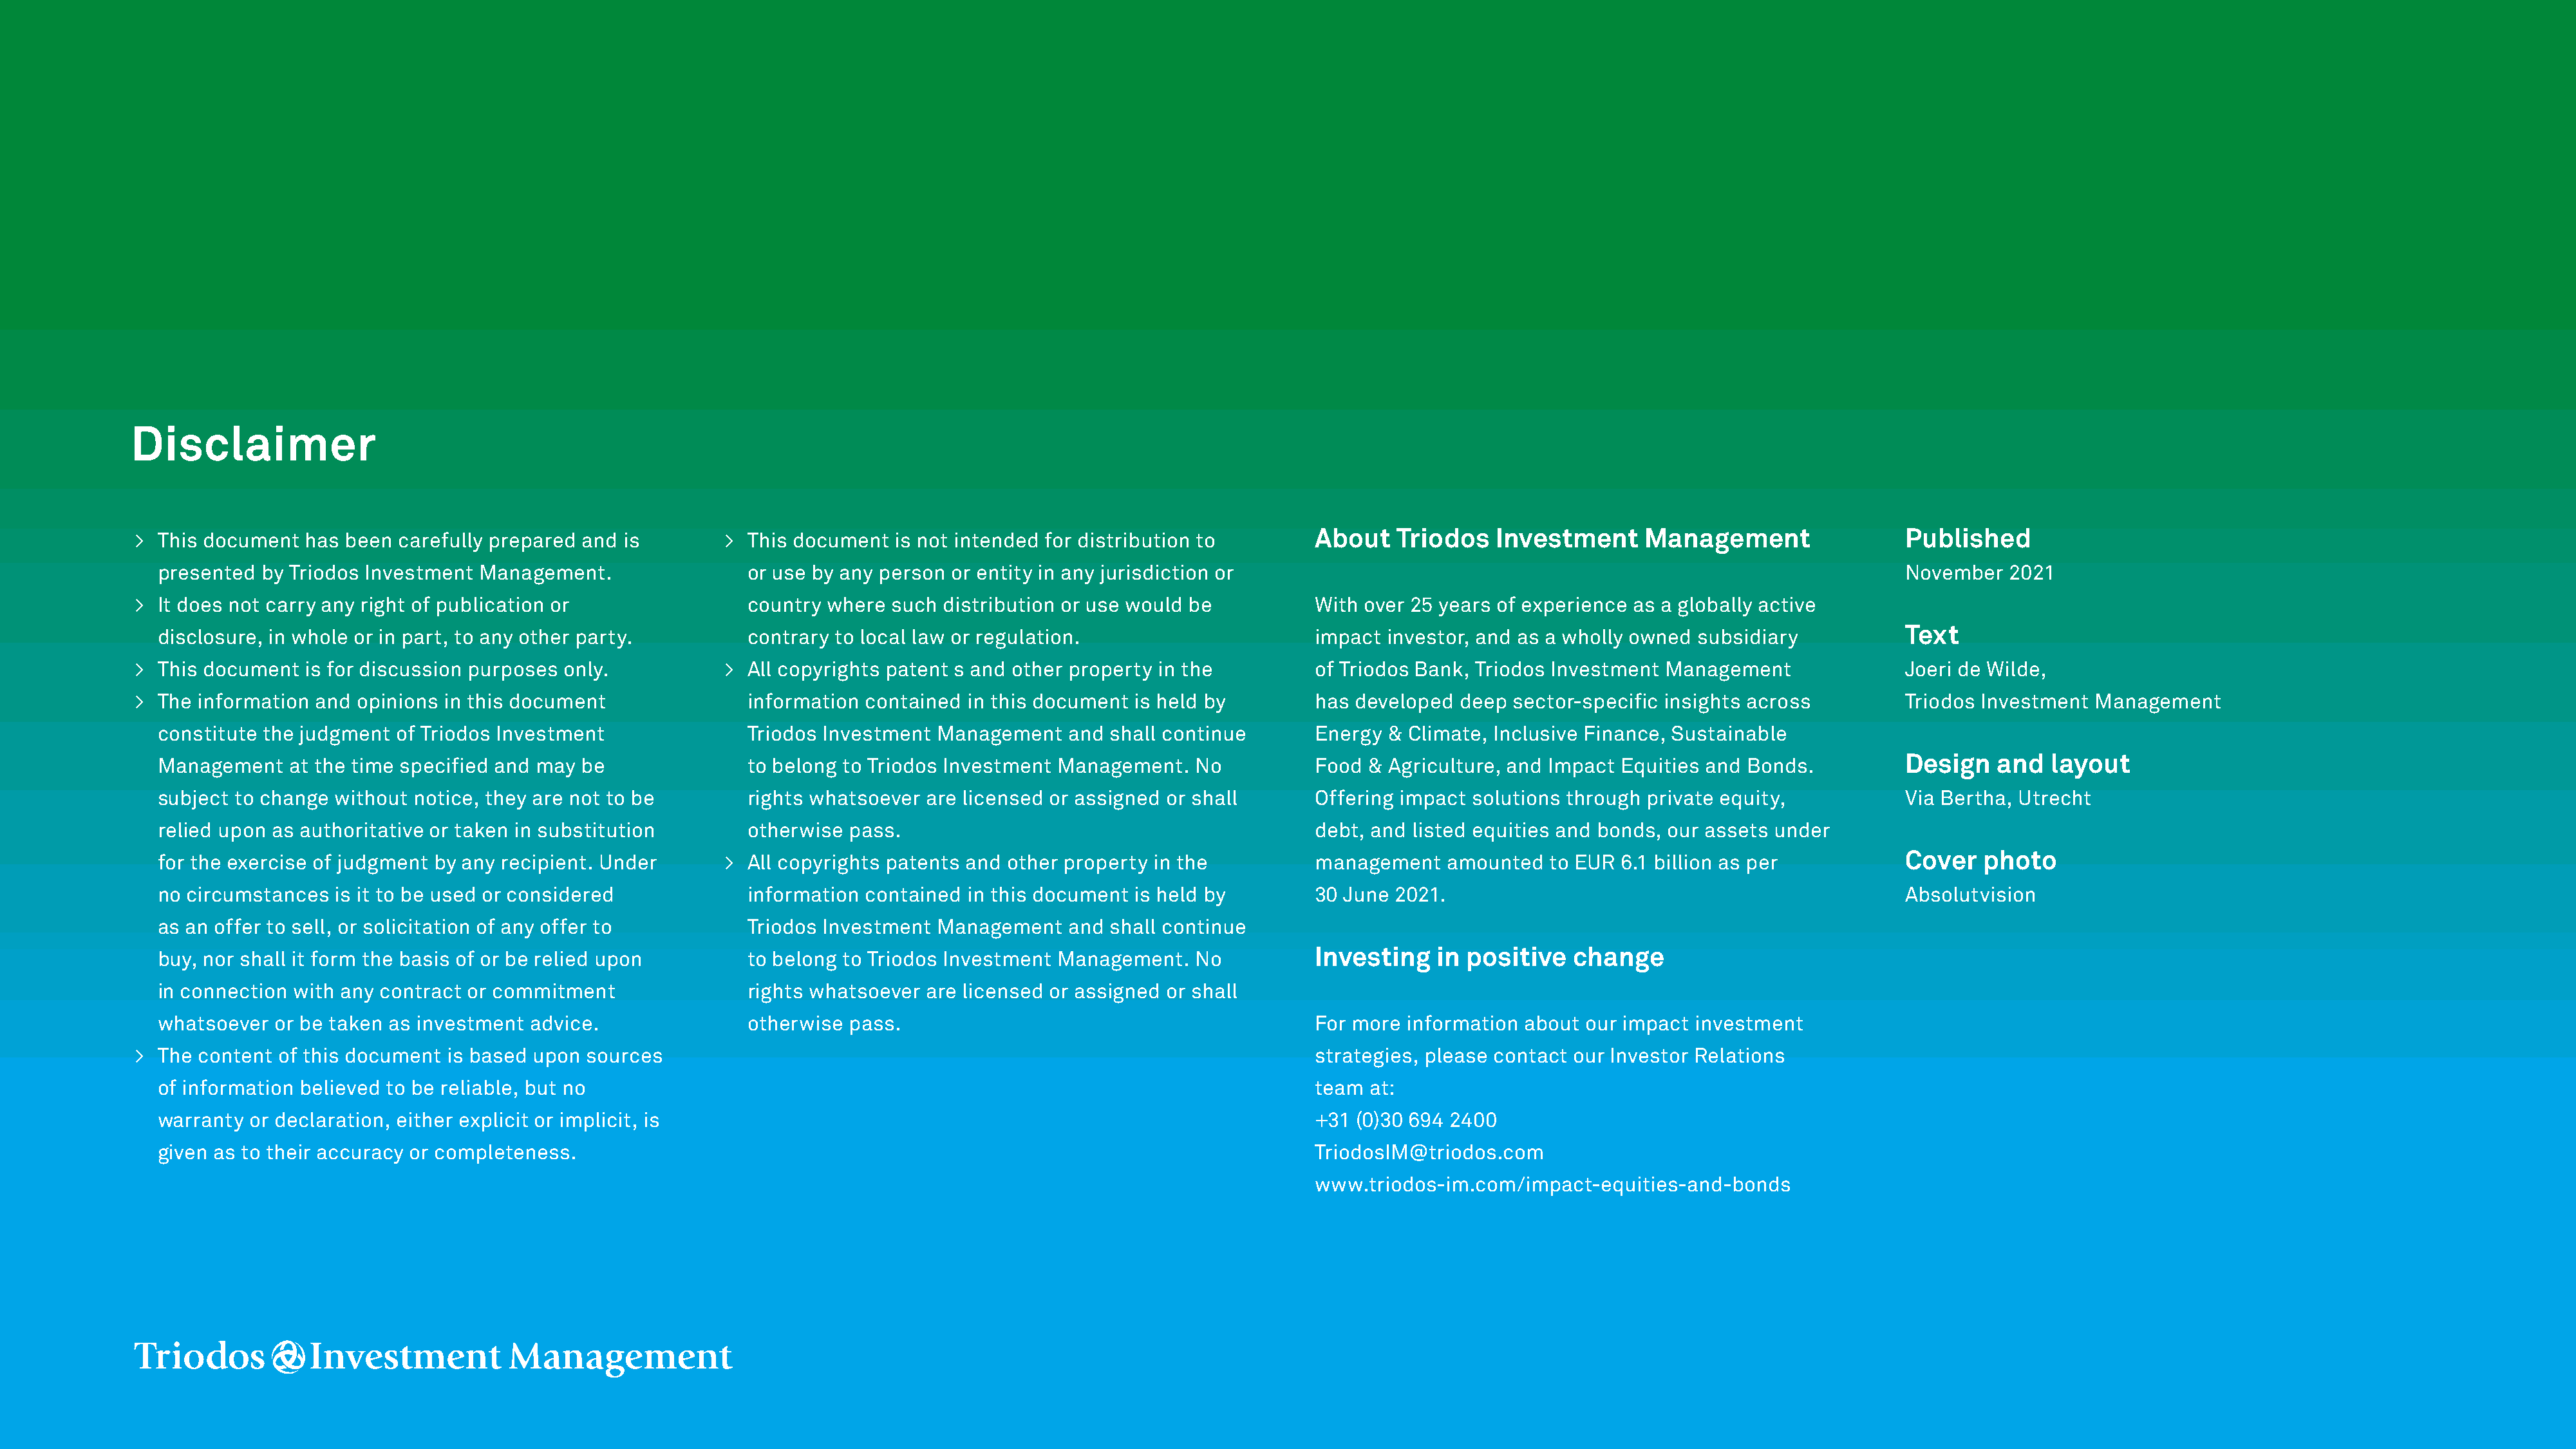
Disclaimer
 > This document  has been  carefully prepared and is        >  This document  is not intended for distribution to        About    Triodos   Investment     Management                 Published
 presented  by Triodos Investment Management.                 or use by any person or entity in any jurisdiction or                                                                  November   2021
 > It does not carry any right of publication or                country where  such distribution or use would be          With over 25 years of experience as a globally active
 disclosure, in whole or in part, to any other party.         contrary to local law or regulation.                      impact  investor, and as a wholly owned subsidiary           Text
 > This document  is for discussion purposes only.           >  All copyrights patent s and other property in the         of Triodos Bank, Triodos Investment Management               Joeri de Wilde,
 > The information and  opinions in this document               information contained in this document  is held by        has developed  deep  sector-specific insights across         Triodos Investment Management
 constitute the judgment  of Triodos Investment               Triodos Investment Management    and shall continue       Energy  & Climate, Inclusive Finance, Sustainable
 Management    at the time specified and may be               to belong to Triodos Investment Management.   No          Food  & Agriculture, and Impact Equities and Bonds.          Design   and   layout
 subject to change without  notice, they are not to be        rights whatsoever are licensed or assigned or shall       Offering impact solutions through private equity,            Via Bertha, Utrecht
 relied upon as authoritative or taken in substitution        otherwise pass.                                           debt, and listed equities and bonds, our assets under
 for the exercise of judgment by any recipient. Under      >  All copyrights patents and other property in the          management    amounted  to EUR  6.1 billion as per           Cover   photo
 no circumstances  is it to be used or considered             information contained in this document  is held by        30 June 2021.                                                Absolutvision
 as an offer to sell, or solicitation of any offer to         Triodos Investment Management    and shall continue
 buy, nor shall it form the basis of or be relied upon        to belong to Triodos Investment Management.   No          Investing    in positive   change
 in connection with any contract or commitment                rights whatsoever are licensed or assigned or shall
 whatsoever  or be taken as investment  advice.               otherwise pass.                                           For more  information about our impact investment
 > The content  of this document is based upon sources                                                                    strategies, please contact our Investor Relations
 of information believed to be reliable, but no                                                                         team  at:
 warranty  or declaration, either explicit or implicit, is                                                              +31 (0)30 694 2400
 given as to their accuracy or completeness.                                                                            TriodosIM@triodos.com
 www.triodos-im.com/impact-equities-and-bonds
 TLIM
 11